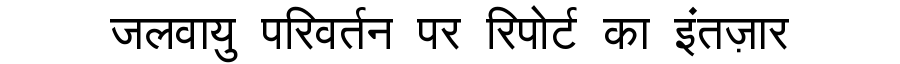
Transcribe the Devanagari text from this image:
जलवायु परिवर्तन पर रिपोर्ट का इंतज़ार